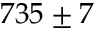
7 3 5 \pm 7